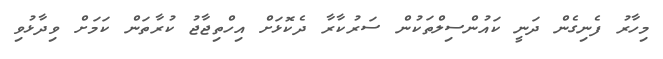
މިހާރު ފެނިގެން ދަނީ ކައުންސިލްތަކުން ސަރުކާރާ ދެކޮޅަށް އިހްތިޖާޖު ކުރާތަން ކަމަށް ވިދާޅުވި